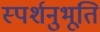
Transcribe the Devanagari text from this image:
स्पर्शनुभूति